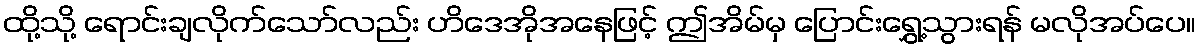
ထို့သို့ ရောင်းချလိုက်သော်လည်း ဟိဒေအိုအနေဖြင့် ဤအိမ်မှ ပြောင်းရွှေ့သွားရန် မလိုအပ်ပေ။